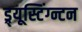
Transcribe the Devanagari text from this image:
ड्र्यूस्टिंग्न्टन